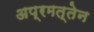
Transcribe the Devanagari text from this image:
अप्रमत्तेन